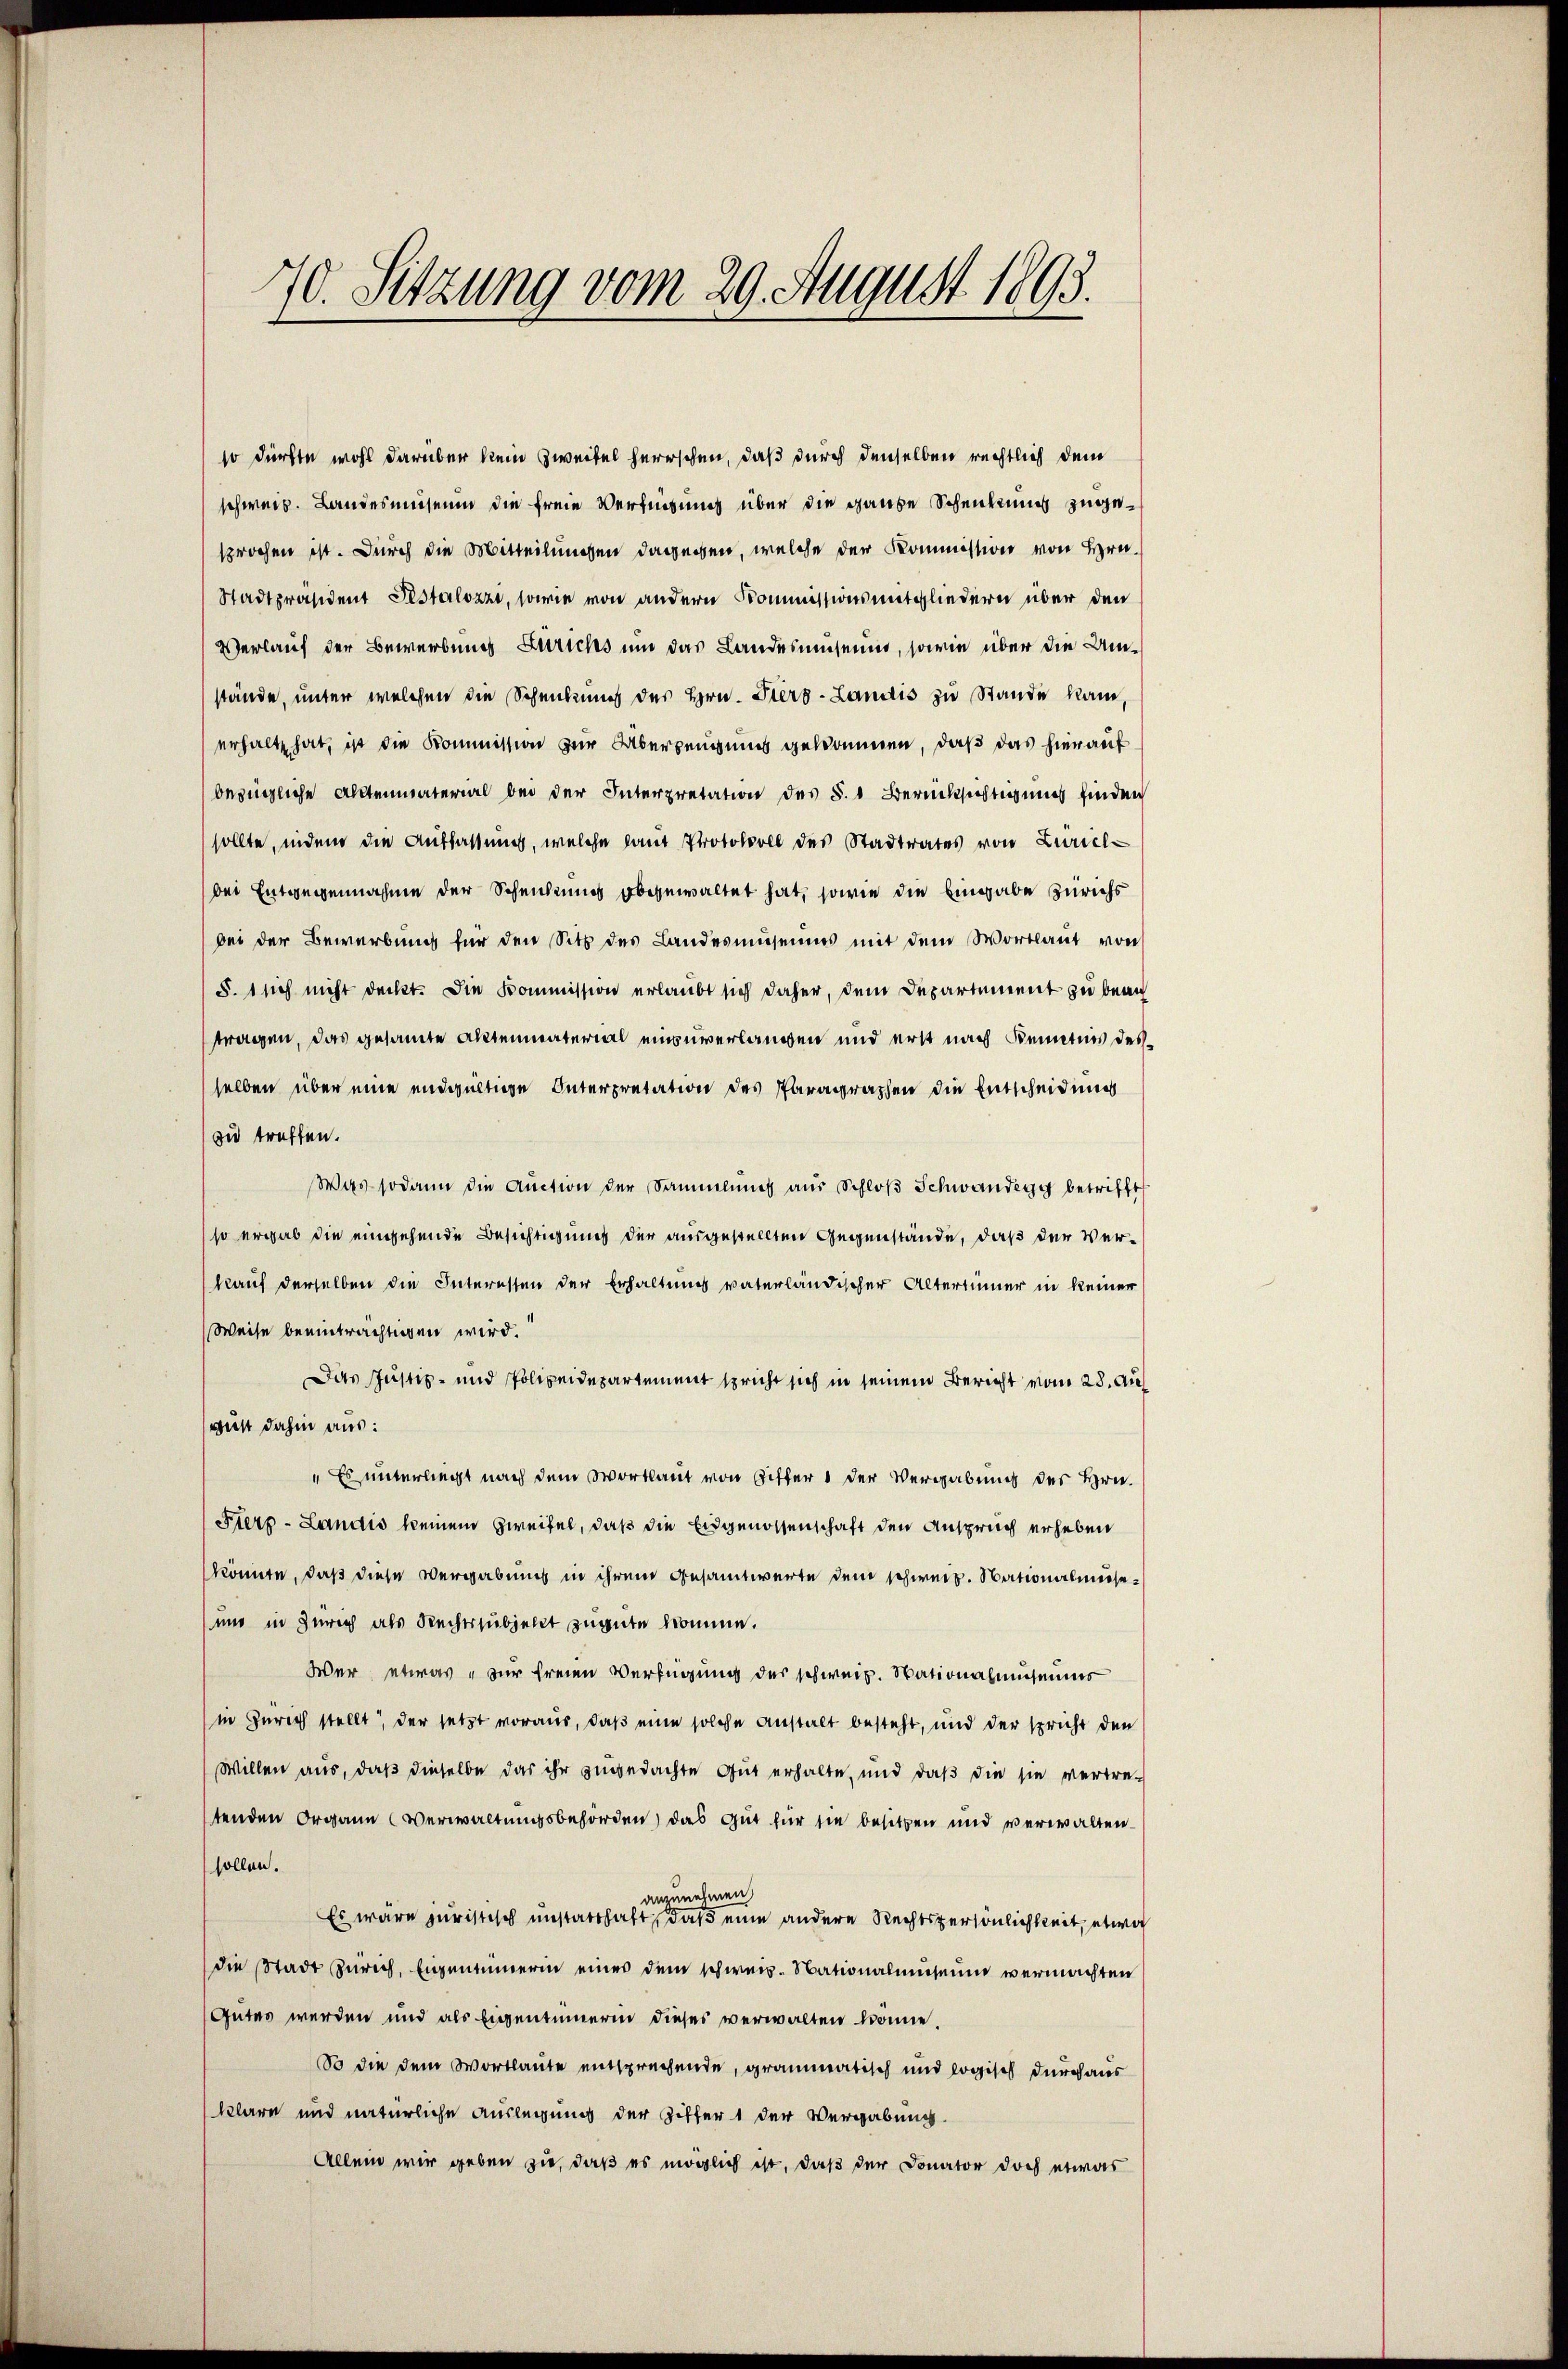
70. Sitzung vom 29. August 1893.

so dürfte wohl darüber kein Zweifel herrschen, daß durch denselben rechtlich dem
schweiz. Landesmuseum die freie Verfügung über die ganze Schenkung zugesprochen ist. Durch die Mitteilungen dagegen, welche der Kommission von Hrn.
Stadtpräsident Pestalozzi, sowie von andern Kommissionsmitgliedern über den
Verlauf der Bewerbung Zürichs und das Landesmuseum, sowie über die Umstände, unter welchen die Schenkung des Hrn. Hiers-Landis zu Stande kam,
erhalt hat, ist die Kommission zur Überzeugung gekommen, daß das hierauf
bezügliche Aktenmaterial bei der Interpretation des §. 1. Berücksichtigung finden
sollte, indem die Auffassung, welche laut Protokoll des Stadtrates von Zürich-
bei Entgegennahme der Scheidung obgewaltet hat, sowie die Eingabe Zürichs
bei der Bewerbung für den Sitz des Landesmuseums mit dem Wortlaut von
§.1 sich nicht deckt. Die Kommission erlaubt sich daher, dem Departement zu beau
tragen, das gesamte Aktenmaterial einzuverlangen und erst nach Kenntnis desselben über eine endgültige Interpretation des Paragraphen die Entscheidung
zu treffen.
Was sodann die Auction der Sammlung aus Schloß Schwandegg betrifft
so ergab die eingehende Besichtigung der ausgestellten Gegenstände, daß der Verkauf derselben die Interessen der Erhaltung vaterländischer Altertümer in keiner
Weise beeinträchtigen wird.
Das Justiz- und Polizeidepartement spricht sich in seinem Bericht vom 28. Au
gust dahin aus:
" Es unterliegt nach dem Wortlaut von Gifter der Vergabung der Hrn.
Fierz - Landis keinem Zweifel, daß die Eidgenossenschaft den Anspruch erheben
könnte, daß diese Vergabung in ihrem Gesammtwerte dem schweiz. Nationalmisse¬
und in Zürich als Rechtssubjellt zugute komme.
Wer, etwas zur freien Verfügung des schweiz. Stationalmuseums
in Zürich stellt, der setzt voraus, daß eine solche Anstalt besteht, und der spricht den
Willen aus, daß dieselbe das ihr zugedachte Gut erhalte, und daß die sie vertre-
tenden Organe Verwaltungsbehörden, das Gut für sie besitzen und verwaltensollen.
anzunehmen
Es wäre juristisch unstatthaft, daß eine andere Rechtspersönlichkeit, etwa
die Stadt Zürich, Eigentümerin eines dem schweiz. Nationalmuseum vermachten
Gutes werden und als Eigentümerin dieses verwalten könne
So die dem Wortlaute entsprechende, grammatisch und logisch durchaus
klare und natürliche Auslegung der Ziffert der Vergabung.
Allein wir geben zu, daß es möglich ist, daß der Donator doch etwas